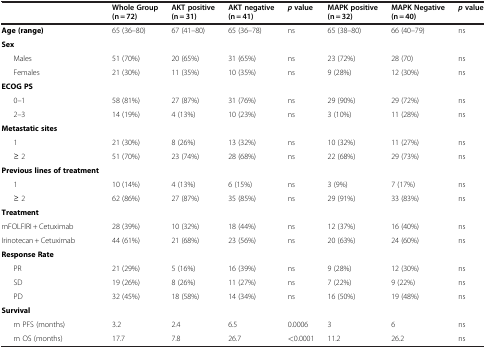
<table><thead><tr><td><b> </b></td><td><b>Whole Group (n = 72)</b></td><td><b>AKT positive (n = 31)</b></td><td><b>AKT negative (n = 41)</b></td><td><b><i>p</i>value</b></td><td><b>MAPK positive (n = 32)</b></td><td><b>MAPK Negative (n = 40)</b></td><td><b><i>p</i>value</b></td></tr></thead><tbody><tr><td><b>Age (range)</b></td><td>65 (36–80)</td><td>67 (41–80)</td><td>65 (36–78)</td><td>ns</td><td>65 (38–80)</td><td>66 (40–79)</td><td>ns</td></tr><tr><td><b>Sex</b></td><td> </td><td> </td><td> </td><td> </td><td> </td><td> </td><td> </td></tr><tr><td>Males</td><td>51 (70%)</td><td>20 (65%)</td><td>31 (65%)</td><td>ns</td><td>23 (72%)</td><td>28 (70)</td><td>ns</td></tr><tr><td>Females</td><td>21 (30%)</td><td>11 (35%)</td><td>10 (35%)</td><td>ns</td><td>9 (28%)</td><td>12 (30%)</td><td>ns</td></tr><tr><td><b>ECOG PS</b></td><td> </td><td> </td><td> </td><td> </td><td> </td><td> </td><td> </td></tr><tr><td>0–1</td><td>58 (81%)</td><td>27 (87%)</td><td>31 (76%)</td><td>ns</td><td>29 (90%)</td><td>29 (72%)</td><td>ns</td></tr><tr><td>2–3</td><td>14 (19%)</td><td>4 (13%)</td><td>10 (23%)</td><td>ns</td><td>3 (10%)</td><td>11 (28%)</td><td>ns</td></tr><tr><td><b>Metastatic sites</b></td><td> </td><td> </td><td> </td><td> </td><td> </td><td> </td><td> </td></tr><tr><td>1</td><td>21 (30%)</td><td>8 (26%)</td><td>13 (32%)</td><td>ns</td><td>10 (32%)</td><td>11 (27%)</td><td>ns</td></tr><tr><td>≥ 2</td><td>51 (70%)</td><td>23 (74%)</td><td>28 (68%)</td><td>ns</td><td>22 (68%)</td><td>29 (73%)</td><td>ns</td></tr><tr><td><b>Previous lines of treatment</b></td><td> </td><td> </td><td> </td><td> </td><td> </td><td> </td><td> </td></tr><tr><td>1</td><td>10 (14%)</td><td>4 (13%)</td><td>6 (15%)</td><td>ns</td><td>3 (9%)</td><td>7 (17%)</td><td>ns</td></tr><tr><td>≥ 2</td><td>62 (86%)</td><td>27 (87%)</td><td>35 (85%)</td><td>ns</td><td>29 (91%)</td><td>33 (83%)</td><td>ns</td></tr><tr><td><b>Treatment</b></td><td> </td><td> </td><td> </td><td> </td><td> </td><td> </td><td> </td></tr><tr><td>mFOLFIRI + Cetuximab</td><td>28 (39%)</td><td>10 (32%)</td><td>18 (44%)</td><td>ns</td><td>12 (37%)</td><td>16 (40%)</td><td>ns</td></tr><tr><td>Irinotecan + Cetuximab</td><td>44 (61%)</td><td>21 (68%)</td><td>23 (56%)</td><td>ns</td><td>20 (63%)</td><td>24 (60%)</td><td>ns</td></tr><tr><td><b>Response Rate</b></td><td> </td><td> </td><td> </td><td> </td><td> </td><td> </td><td> </td></tr><tr><td>PR</td><td>21 (29%)</td><td>5 (16%)</td><td>16 (39%)</td><td>ns</td><td>9 (28%)</td><td>12 (30%)</td><td>ns</td></tr><tr><td>SD</td><td>19 (26%)</td><td>8 (26%)</td><td>11 (27%)</td><td>ns</td><td>7 (22%)</td><td>9 (22%)</td><td>ns</td></tr><tr><td>PD</td><td>32 (45%)</td><td>18 (58%)</td><td>14 (34%)</td><td>ns</td><td>16 (50%)</td><td>19 (48%)</td><td>ns</td></tr><tr><td><b>Survival</b></td><td> </td><td> </td><td> </td><td> </td><td> </td><td> </td><td> </td></tr><tr><td>m PFS (months)</td><td>3.2</td><td>2.4</td><td>6.5</td><td>0.0006</td><td>3</td><td>6</td><td>ns</td></tr><tr><td>m OS (months)</td><td>17.7</td><td>7.8</td><td>26.7</td><td>&lt;0.0001</td><td>11.2</td><td>26.2</td><td>ns</td></tr></tbody></table>